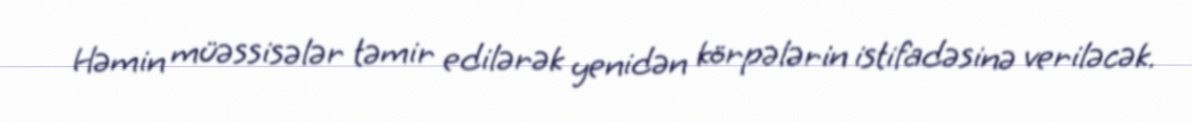
Həmin müəssisələr təmir edilərək yenidən körpələrin istifadəsinə veriləcək.